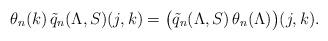
LaTeX: \begin{align*}\theta_n(k)\,\tilde q_n(\Lambda,S)(j,k)=\bigl(\tilde q_n(\Lambda,S)\,\theta_n(\Lambda)\bigr)(j,k).\end{align*}